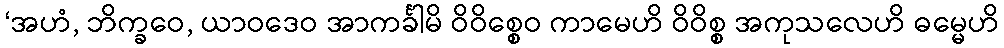
‘အဟံ, ဘိက္ခဝေ, ယာဝဒေဝ အာကင်္ခါမိ ဝိဝိစ္စေဝ ကာမေဟိ ဝိဝိစ္စ အကုသလေဟိ ဓမ္မေဟိ